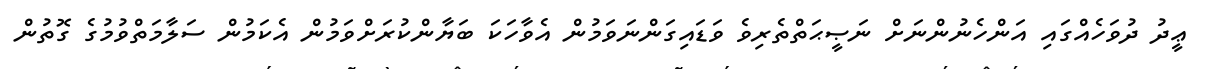
ޢީދު ދުވަހެއްގައި އަންހެނުންނަށް ނަޞީޙަތްތެރިވެ ވަޑައިގަންނަވަމުން އެވާހަކަ ބަޔާންކުރަށްވަމުން އެކަމުން ސަލާމަތްވުމުގެ ގޮތުން